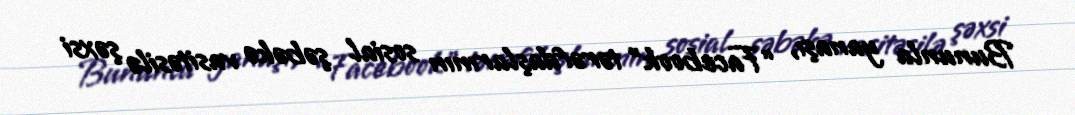
Bununla yanaşı, “Facebook” tərəfdaşlarının sosial şəbəkə vasitəsilə şəxsi